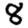
Digit: 8